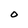
Character: 0